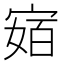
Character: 𭔅